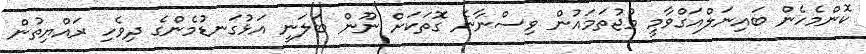
ކޮންމެހެން ބައިނަލްއަގްވާމީ މުޖުތަމައުން ވިސްނާނެ ގޮތަކަށް ނޫން ބަލަނީ އަޅުގަނޑުމެންގެ ދިވެހި ރައްޔިތުން